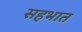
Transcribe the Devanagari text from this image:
सहभात